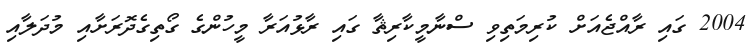
2004 ގައި ރާއްޖެއަށް ކުރިމަތިވި ސްނާމީކާރިޘާ ގައި ރާޅުއަރާ މީހުންގެ ގޯތިގެދޮރަށާއި މުދަލާއި